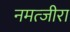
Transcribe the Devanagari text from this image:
नमत्जीरा